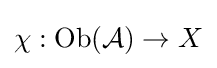
\chi :\mathrm {Ob} ({\mathcal {A}})\to X